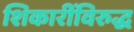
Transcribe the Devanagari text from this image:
शिकारींविरुद्ध